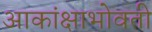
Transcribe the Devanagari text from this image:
आकांक्षाभोवती